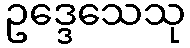
ဥဒ္ဒေသေသု